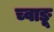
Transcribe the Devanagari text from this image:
च्वाङू